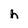
Character: h